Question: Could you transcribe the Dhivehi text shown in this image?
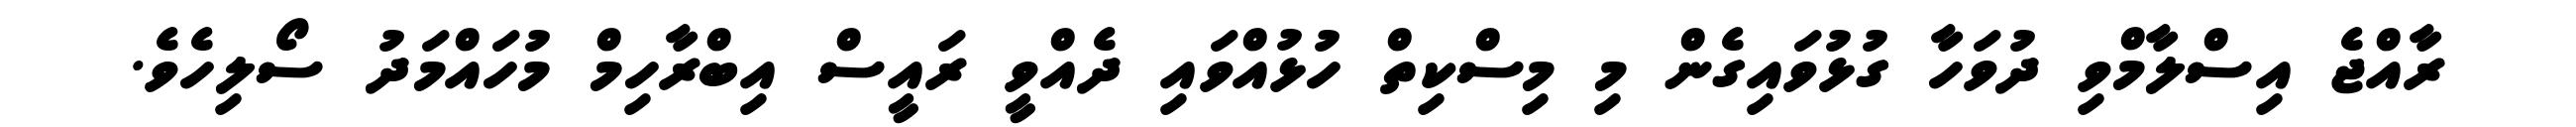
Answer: ރާއްޖެ އިސްލާމްވި ދުވަހާ ގުޅުވައިގެން މި މިސްކިތް ހުޅުއްވައި ދެއްވީ ރައީސް އިބްރާހިމް މުހައްމަދު ސޯލިހެވެ.